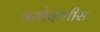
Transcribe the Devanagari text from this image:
त्रयोदशीस